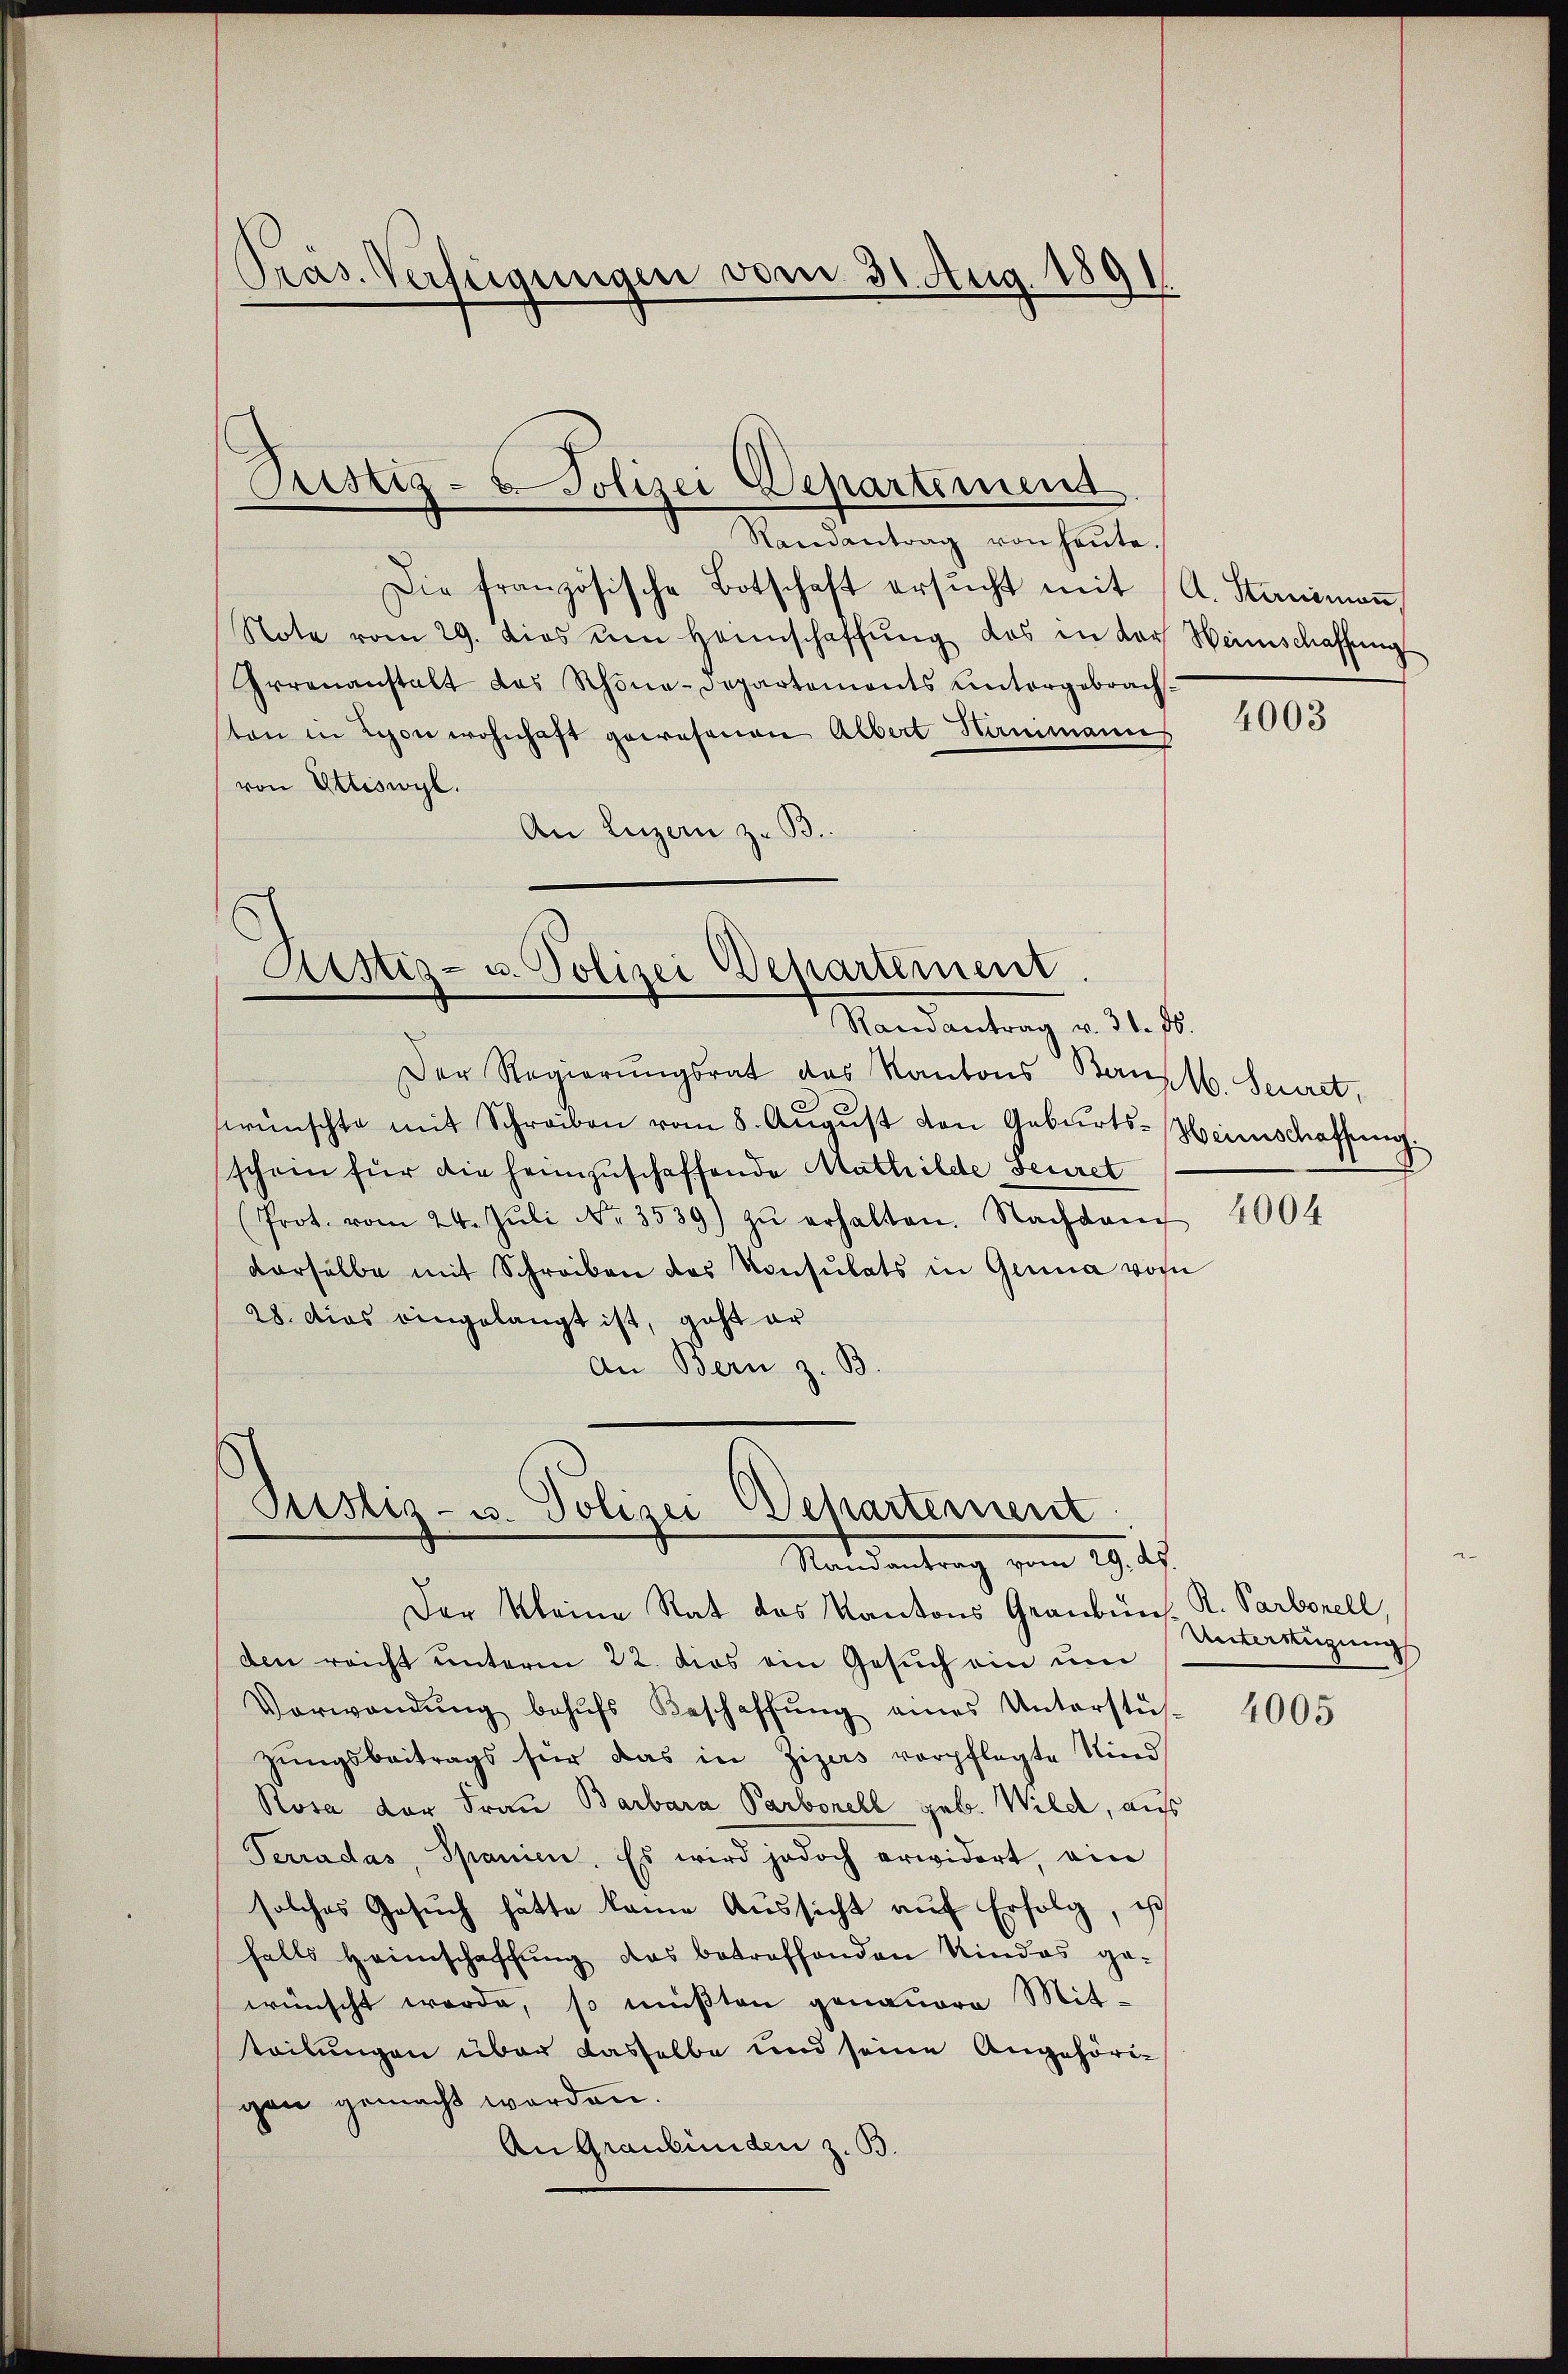
Pras. Verfügungen vom 31. Aug. 1891

Ristiz- u Polizei Departemend
Randantrag von heute.

Die französische Botschaft ersŭcht mit A. Stanimaṅ,
Note vom 29. dies um Hannschaffŭng das in der Heimschaffŭng
Irrenanstalt das Schöne-Departements Untergebrach-
sten in Lyon wohnhaft gewesenen Albert Hammanns
von Ettiswyl.
An Luzern z. B.

Rustiz- u. Polizei Departement
Mandantrag . . .

Der Regierungsrat das Kantons Bank. Secret,
wünschte mit Schreiben vom 8. Aŭgŭst von Geburts-Heimschaffung
schein für die heimzuschaffende Mathilde Feuret
(Prot. vom 24. Jŭli No. 3539) zŭ erhalten. Nachdem
derselbe mit Schreiben des Konsulats in Genua von
28. Dies eingelangt ist, geht er
An Bern z. B.

Justiz- u. Polizei Departement
Randantrag vom 29. ds.

Der Kleine Rat des Kantons Graubüns. R. Parbonell,
den reicht unterm 22. dies ein Gesuch ein um
Verwandŭng behŭfs Beschaffŭng eines Unterstüt
zungsbeitrags für das in Zizers verpflegte Kind
Rosa der Frau Barbara Parborell geb. Wild, auf
Terradas, Spanien. Es wird jedoch erwidert, ein
solches Gesŭch hätte kame Aussicht auf Erfolg, ist
falls Heimschaffung das betreffenden Kindes ge-
wünscht werde, so müßten genauere Mitteilungen über dasselbe und seine Angehörigen gemacht worden.
An Graubünden z. B.

4003

4004

Unterregung

4005